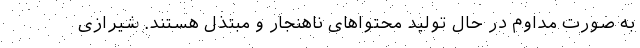
به صورت مداوم در حال تولید محتواهای ناهنجار و مبتذل هستند. شیرازی